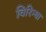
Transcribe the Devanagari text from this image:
विरिन्या